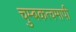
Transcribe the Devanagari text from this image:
चुम्बकत्वमापी